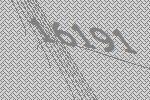
16191